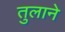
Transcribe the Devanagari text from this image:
तुलाने